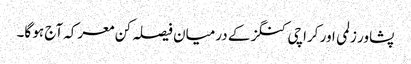
پشاور زلمی اور کراچی کنگز کے درمیان فیصلہ کن معرکہ آج ہو گا۔